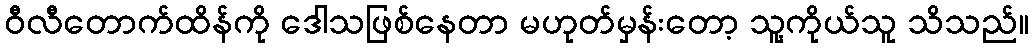
ဝီလီတောက်ထိန်ကို ဒေါသဖြစ်နေတာ မဟုတ်မှန်းတော့ သူ့ကိုယ်သူ သိသည်။